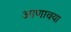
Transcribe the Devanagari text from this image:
आणावया